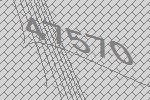
47570